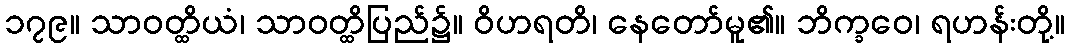
၁၇၉။ သာဝတ္ထိယံ၊ သာဝတ္ထိပြည်၌။ ဝိဟရတိ၊ နေတော်မူ၏။ ဘိက္ခဝေ၊ ရဟန်းတို့။